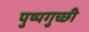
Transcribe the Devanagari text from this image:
पुष्पगुच्छी